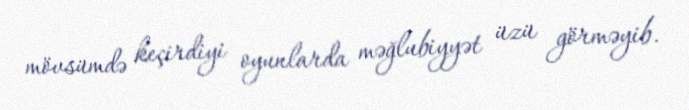
mövsümdə keçirdiyi oyunlarda məğlubiyyət üzü görməyib.